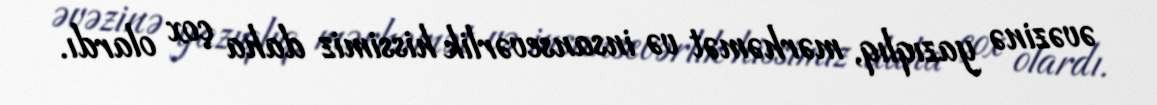
əvəzinə yazıqlıq, mərhəmət və insansevərlik hissimiz daha çox olardı.